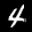
Label: 4